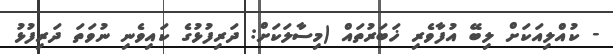
- ކުއްލިއަކަށް ލިބޭ އުފާވެރި ޚަބަރުތައް (މިސާލަކަށް: ދަރިފުޅުގެ ކައިވެނި ނުވަތަ ދަރިފުޅު